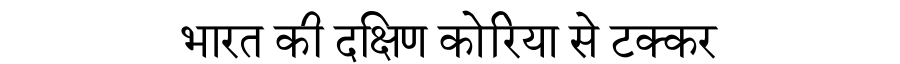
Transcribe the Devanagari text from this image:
भारत की दक्षिण कोरिया से टक्कर